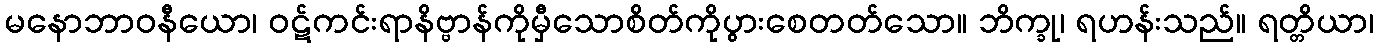
မနောဘာဝနီယော၊ ဝဋ်ကင်းရာနိဗ္ဗာန်ကိုမှီသောစိတ်ကိုပွားစေတတ်သော။ ဘိက္ခု၊ ရဟန်းသည်။ ရတ္တိယာ၊